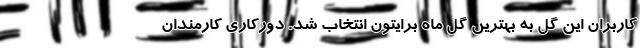
کاربران این گل به بهترین گل ماه برایتون انتخاب شد. دورکاری کارمندان